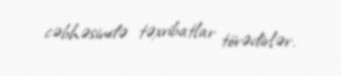
cəbhəsində təxribatlar törədirlər.